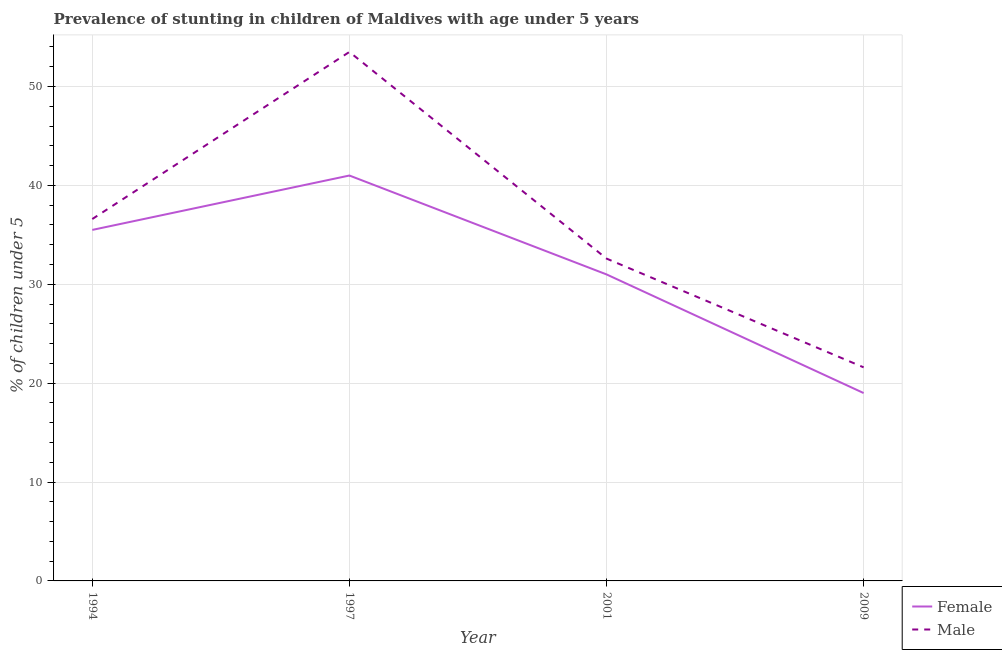
| Year | Female | Male |
 | --- | --- | --- |
 | 1994 | 35.5 | 36.6 |
 | 1997 | 41 | 53.5 |
 | 2001 | 31 | 32.6 |
 | 2009 | 19 | 21.6 |